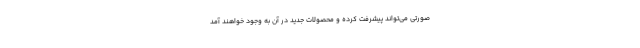
صورتی می‌تواند پیشرفت کرده و محصولات جدید در آن به وجود خواهند آمد